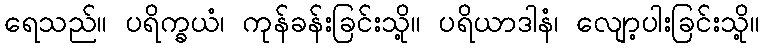
ရေသည်။ ပရိက္ခယံ၊ ကုန်ခန်းခြင်းသို့။ ပရိယာဒါနံ၊ လျော့ပါးခြင်းသို့။